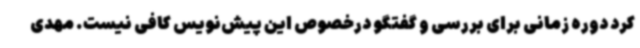
کرد دوره زمانی برای بررسی و گفتگو درخصوص این پیش‌نویس کافی نیست. مهدی